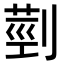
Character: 𦳲